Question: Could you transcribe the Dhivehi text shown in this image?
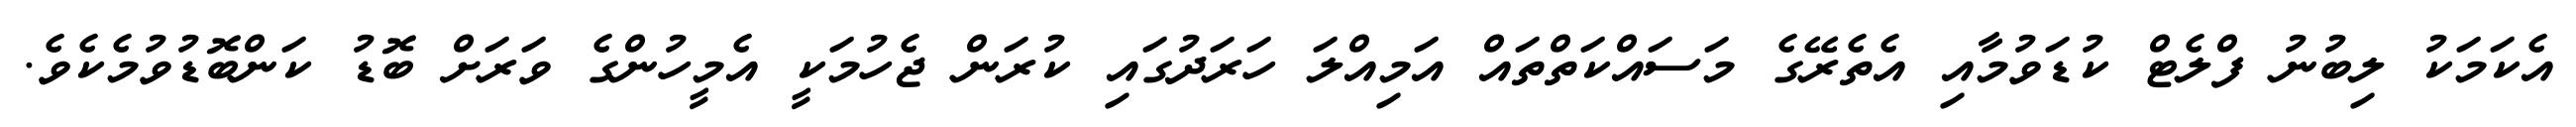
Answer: އެކަމަކު ލިބުނު ފްލެޓް ކުޑަވުމާއި އެތެރޭގެ މަސައްކަތްތައް އަމިއްލަ ހަރަދުގައި ކުރަން ޖެހުމަކީ އެމީހުންގެ ވަރަށް ބޮޑު ކަންބޮޑުވުމެކެވެ.